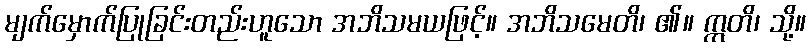
မျက်မှောက်ပြုခြင်းတည်းဟူသော အဘိသမယဖြင့်။ အဘိသမေတိ၊ ၏။ ဣတိ၊ သို့။